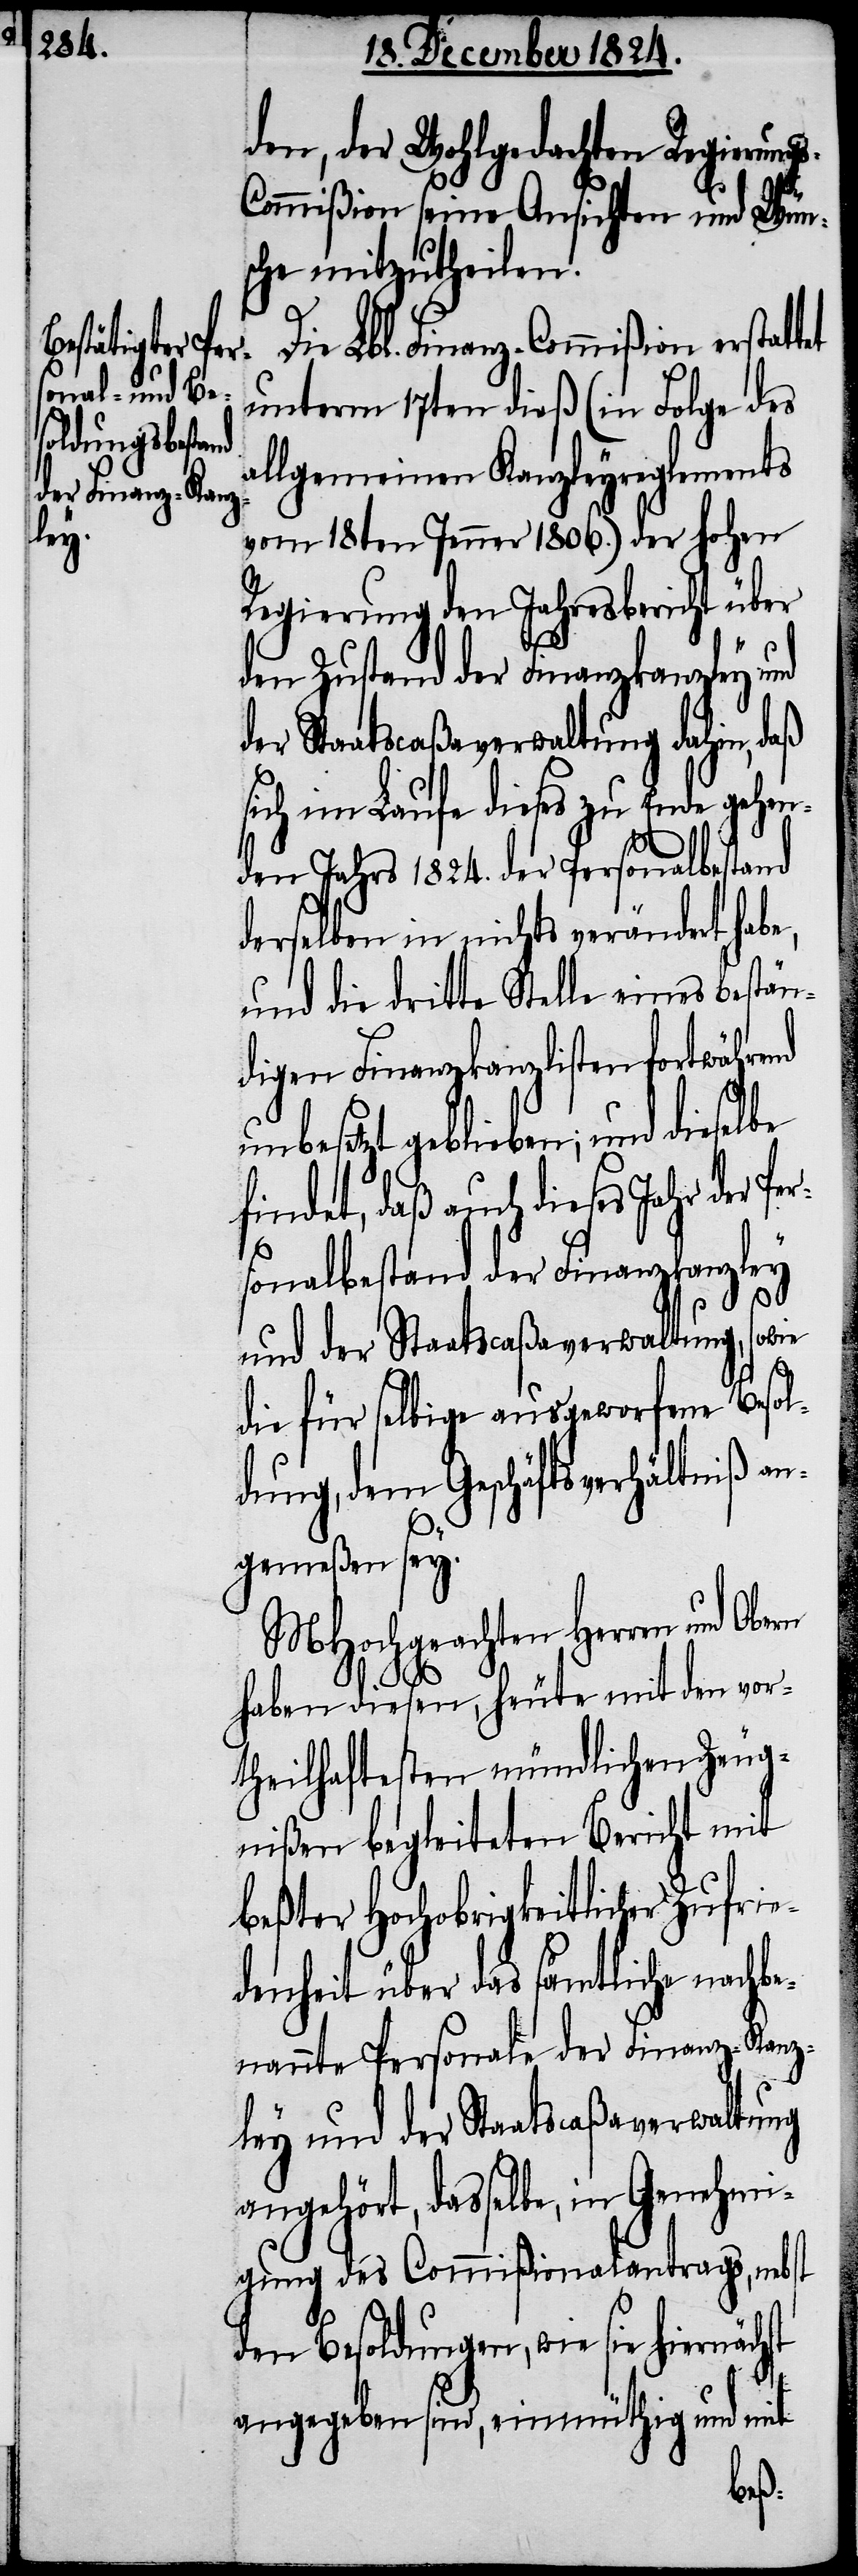
den, der Wohlgedachten Regierung¬
s-Commißion seine Ansichten und Wüns¬
che mitzutheilen.
Die Lbl. Finanz-Commißion erstattet
unterm 17ten dieß (in Folge des
allgemeinen Kanzleyreglements
ley
vom 18ten Jenner 1806.) der hohen
Regierung den Jahresbericht über
den Zustand der Finanzkanzley und
der Staatscaßaverwaltung dahin, daß
sich im Laufe dieses zu Ende gehen¬
den Jahrs 1824. der Personalbestand
derselben in nichts verändert habe,
und die dritte Stelle eines bestän¬
digen Finanzkanzlisten fortwährend
unbesetzt geblieben, und dieselbe
findet, daß auch dieses Jahr der
Per¬
sonalbestand der Finanzkanz¬
und der Staatscaßaverwaltung, sowie
die für selbige ausgeworfene Besol¬
dung, dem Geschäftsverhältniß an¬
gemeßen sey.
MHochgeachten Herren und Obern
haben diesen, heute mit den vor¬
theilhaftesten mündlichen Zeug¬
nißen begleiteten Bericht mit
beßter Hochobrigkeitlicher Zufrie¬
denheit über das sämtliche nachbe¬
nannte Personale der Finanz-Kanz¬
ley und der Staatcaßaverwaltung
angehört, dasselbe, in Genehmi¬
gung des Commißionalantrags, nebst
den Besoldungen, wie sie hiernächst
angegeben sind, einmüthig und mit